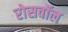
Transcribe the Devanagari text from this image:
रोसवॉल